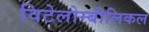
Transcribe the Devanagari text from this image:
विटेलोम्बीलिकल